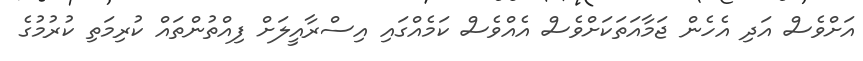
އަށްވެސް އަދި އެހެން ޖަމާއަތަކަށްވެސް އެއްވެސް ކަމެއްގައި އިސްރާއީލަށް ފިއްތުންތައް ކުރިމަތި ކުރުމުގެ